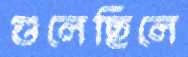
গুলেছিলে